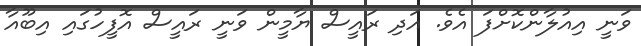
ވަނީ އިއުލާންކޮށްފަ އެވެ. އަދި ރައީސް ޔާމީން ވަނީ ރައީސް އޮފީހުގައި އިބޫއާ